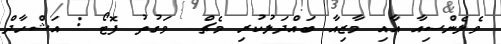
ވެލެންސިއާ އާއި މާޒިއާ ބައްދަލުކުރި މެޗް  ވަގުތު ފޮޓޯ : އަޝްހާދް